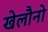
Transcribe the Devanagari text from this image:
खेलौनो